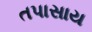
તપાસાય